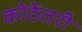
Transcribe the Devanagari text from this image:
कोठेंतरी